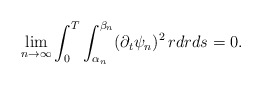
\begin{align*}\lim_{n\to\infty}\int_0^T\int_{\alpha_n}^{\beta_n}(\partial_t\psi_n)^2\,rdrds=0.\end{align*}